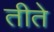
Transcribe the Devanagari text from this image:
तीते